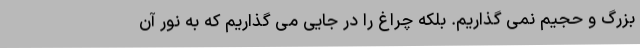
بزرگ و حجیم نمی گذاریم. بلکه چراغ را در جایی می گذاریم که به نور آن